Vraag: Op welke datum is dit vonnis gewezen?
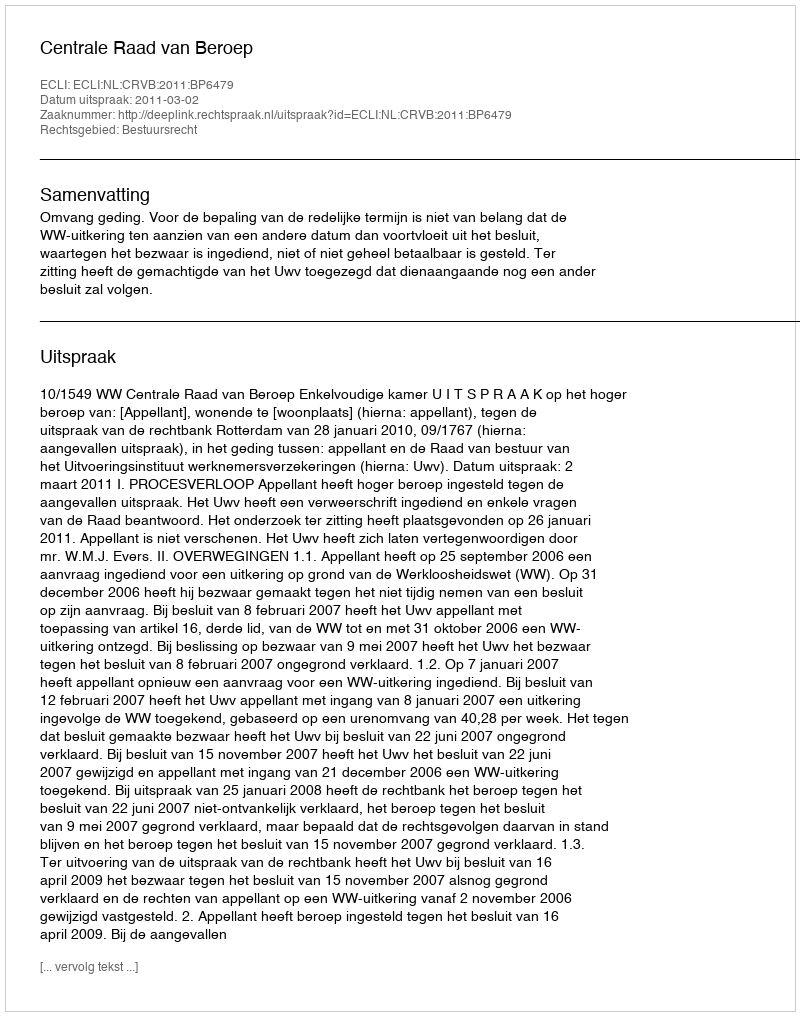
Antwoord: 2011-03-02